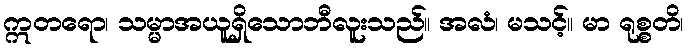
ဣတရော၊ သမ္မာအယူရှိသောဘီလူးသည်။ အလံ၊ မသင့်။ မာ ရုစ္စတိ၊